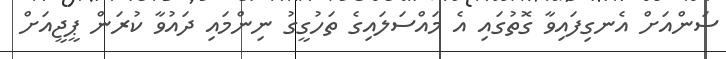
ސަންއަށް އެނގިފައިވާ ގޮތުގައި އެ މައްސަލައިގެ ތަހުގީގު ނިންމައި ދައުވާ ކުރަން ޕީޖީއަށް